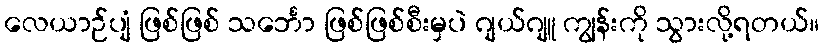
လေယာဉ်ပျံ ဖြစ်ဖြစ် သင်္ဘော ဖြစ်ဖြစ်စီးမှပဲ ဂျယ်ဂျူ ကျွန်းကို သွားလို့ရတယ်။